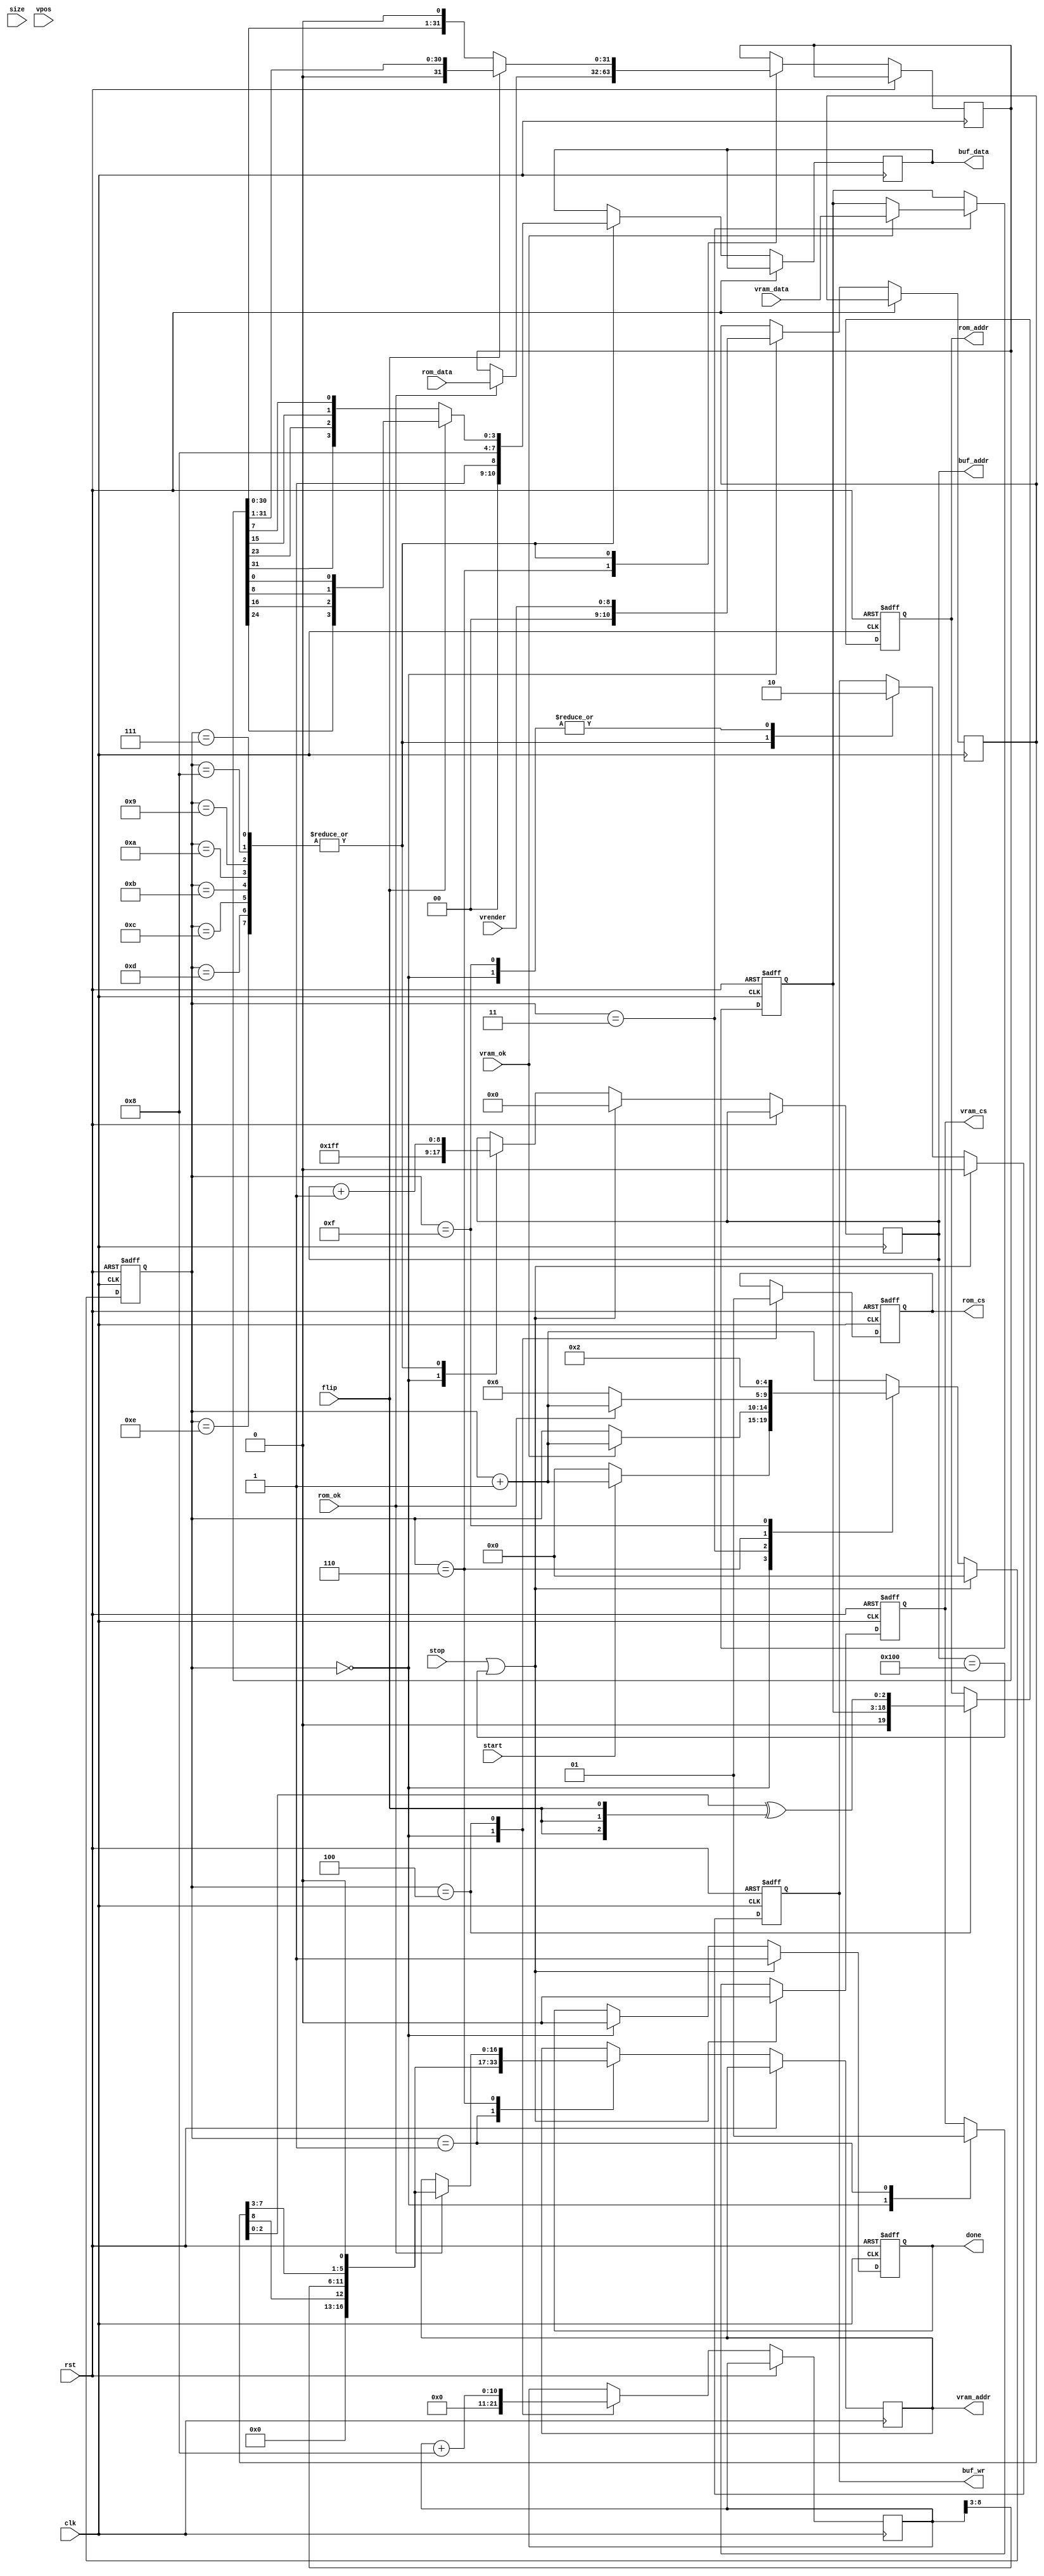
// This program was cloned from: https://github.com/atrac17/Toaplan2
// License: GNU General Public License v3.0

/*  This file is part of JTFRAME.
    JTFRAME program is free software: you can redistribute it and/or modify
    it under the terms of the GNU General Public License as published by
    the Free Software Foundation, either version 3 of the License, or
    (at your option) any later version.

    JTFRAME program is distributed in the hope that it will be useful,
    but WITHOUT ANY WARRANTY; without even the implied warranty of
    MERCHANTABILITY or FITNESS FOR A PARTICULAR PURPOSE.  See the
    GNU General Public License for more details.

    You should have received a copy of the GNU General Public License
    along with JTFRAME.  If not, see <http://www.gnu.org/licenses/>.

    Author: Jose Tejada Gomez. Twitter: @topapate
    Version: 1.0
    Date: 13-1-2020 */
    

// 8x8 tiles

module jtframe_tilemap(
    input              rst,
    input              clk,

    input      [ 8:0]  vrender, // 1 line ahead of vdump
    input      [ 2:0]  size,    // hot one encoding. bit 0=8x8, bit 1=16x16, bit 2=32x32
    // control registers
    input      [15:0]  vpos,
    input              flip,

    input              start,
    input              stop,
    output reg         done,


    output reg [17:1]  vram_addr,
    input      [15:0]  vram_data,
    input              vram_ok,
    output reg         vram_cs,

    output reg [19:0]  rom_addr,    // up to 1 MB
    input      [31:0]  rom_data,
    output reg         rom_cs,
    input              rom_ok,

    output reg [ 8:0]  buf_addr,
    output reg [10:0]  buf_data,
    output reg         buf_wr
);

reg [10:0] vn;
reg [10:0] hn;
reg [31:0] pxl_data;

reg [ 4:0] st;

reg [15:0] code,attr;

wire [11:0] scan;

assign      scan = { vn[8],   hn[8:3], vn[7:3] };

wire [4:0] pal   = attr[4:0];

function [3:0] colour;
    input [31:0] c;
    input        flip;
    colour = flip ? { c[24], c[16], c[ 8], c[0] } : 
                    { c[31], c[23], c[15], c[7] };
endfunction

always @(posedge clk or posedge rst) begin
    if(rst) begin
        rom_cs          <= 1'b0;
        vram_cs         <= 1'b0;
        buf_wr          <= 1'b0;
        done            <= 1'b0;
        st              <= 5'd0;
        rom_addr        <= 23'd0;
        code            <= 16'd0;
    end else begin
        st <= st+6'd1;
        case( st ) 
            0: begin
                rom_cs   <= 1'b0;
                vram_cs  <= 1'b0;
                vn       <= {7'd0, vrender};
                hn       <= 11'd0;
                buf_addr <= 9'h1ff;
                buf_wr   <= 1'b0;
                done     <= 1'b0;
                if(!start) begin
                    st   <= 0;
                end
            end
            ///////////////////////
            1: begin
                vram_addr <= { 4'd0, scan, 1'b0 };
                vram_cs   <= 1'b1;
            end
            3: begin
                if( vram_ok ) begin
                    code <= vram_data;
                end else st<=st;
            end
            4: begin
                rom_addr <= { 1'b0, code, vn[2:0] ^ {3{flip}} };
                rom_cs   <= 1'b1;
                hn <= hn + 11'h8;
            end
            6: if(rom_ok) begin
                vram_addr <= { 4'd0, scan, 1'b0 };
                pxl_data  <= rom_data;   // 32 bits = 32/4 = 8 pixels
            end else st<=6;
            7,8,9,10,    11,12,13,14: begin
                buf_wr   <= 1'b1;
                buf_addr <= buf_addr+9'd1;
                buf_data <= { pal, colour(pxl_data, flip) };
                pxl_data <= flip ? pxl_data>>1 : pxl_data<<1;
            end
            15: begin
                buf_wr <= 1'b0;
                st <= 6'd2; // scan again. Jumps to 2 because vram_addr was already
                        // updated at 6
            end
        endcase
        if( stop || buf_addr == 9'h100 ) begin // 256 pixels
            // it is important to set vram_cs as soon as possible
            // in order to avoid the SDRAM controller to be processing
            // a request at the time the scroll controller moves to
            // the SCROLL 2 layer, as this could prevent the row scroll
            // values from reading correctly
            buf_addr<= 9'd0;
            buf_wr  <= 1'b0;
            done    <= 1'b1;
            st      <= 6'd0;
            vram_cs <= 1'b0;
        end
    end
end

endmodule